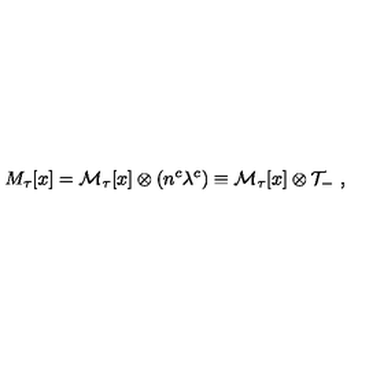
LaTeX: M _ { \tau } [ x ] = { \cal M } _ { \tau } [ x ] \otimes ( n ^ { c } \lambda ^ { c } ) \equiv { \cal M } _ { \tau } [ x ] \otimes { \cal T } _ { - } \ ,